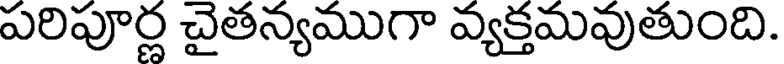
పరిపూర్ణ చైతన్యముగా వ్యక్తమవుతుంది.